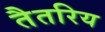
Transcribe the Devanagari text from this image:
तैतरिय